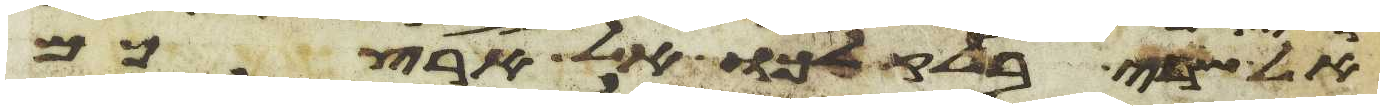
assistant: אל שרי בלק לכו אל ארצכם